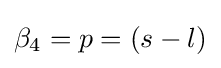
\beta _{4}=p=(s-l)